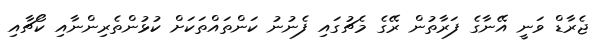
ޖެރާޑް ވަނީ އޭނާގެ ފަރާތުން ރޭގެ މެޗުގައި ފެނުނު ކަންތައްތަކަށް ކުޅުންތެރިންނާއި ކޯޗާއި